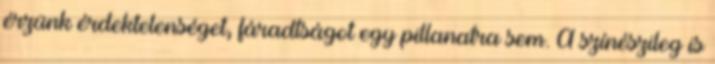
érzünk érdektelenséget, fáradtságot egy pillanatra sem. A színészileg is